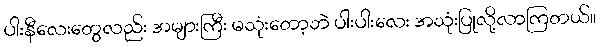
ပါးနီလေးတွေလည်း အများကြီး မသုံးတော့ဘဲ ပါးပါးလေး အသုံးပြုလို့လာကြတယ်။